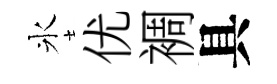
氷优裯具